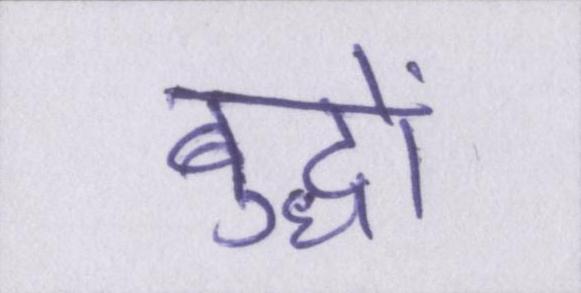
बुद्धों